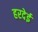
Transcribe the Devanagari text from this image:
हरदेई